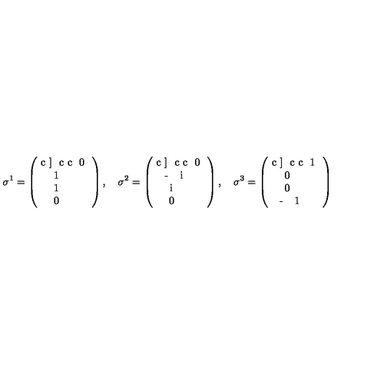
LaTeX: \sigma ^ { 1 } = \left( \begin{array} { } { c ] { c c } 0 } & { 1 } \\ { 1 } & { 0 } \\ \end{array} \right) , \quad \sigma ^ { 2 } = \left( \begin{array} { } { c ] { c c } 0 } & { - i } \\ { i } & { 0 } \\ \end{array} \right) , \quad \sigma ^ { 3 } = \left( \begin{array} { } { c ] { c c } 1 } & { 0 } \\ { 0 } & { - 1 } \\ \end{array} \right)